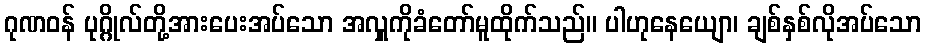
ဂုဏဝန် ပုဂ္ဂိုလ်တို့အားပေးအပ်သော အလှူကိုခံတော်မူထိုက်သည်။ ပါဟုနေယျော၊ ချစ်နှစ်လိုအပ်သော